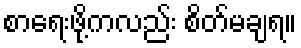
စာရေးဖို့ကလည်း စိတ်မချရ။